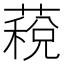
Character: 𮑏